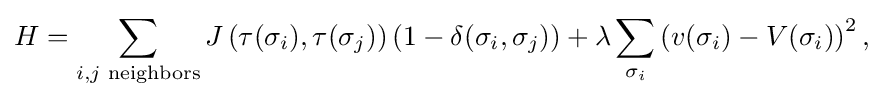
{\begin{aligned}H=\sum _{i,j{\text{ neighbors}}}J\left(\tau (\sigma _{i}),\tau (\sigma _{j})\right)\left(1-\delta (\sigma _{i},\sigma _{j})\right)+\lambda \sum _{\sigma _{i}}\left(v(\sigma _{i})-V(\sigma _{i})\right)^{2},\\\end{aligned}}